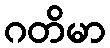
ဂတိမာ